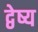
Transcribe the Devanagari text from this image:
द्वेष्य